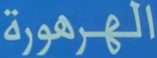
الهرهورة